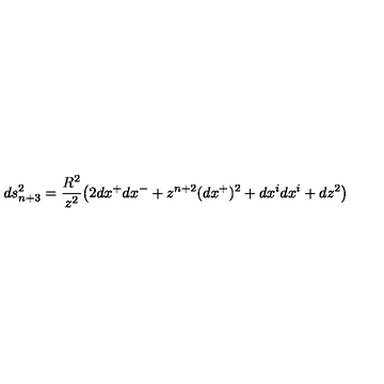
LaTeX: d s _ { n + 3 } ^ { 2 } = \frac { R ^ { 2 } } { z ^ { 2 } } \big ( 2 d x ^ { + } d x ^ { - } + z ^ { n + 2 } ( d x ^ { + } ) ^ { 2 } + d x ^ { i } d x ^ { i } + d z ^ { 2 } \big )